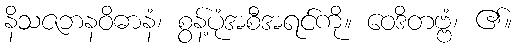
နိသဇဘနဝိဓာနံ၊ စွန့်ပုံအစီအရင်ကို။ ဝေဒိတဗ္ဗံ၊ ၏။